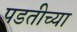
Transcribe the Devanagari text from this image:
पडतीच्या